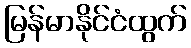
မြန်မာနိုင်ငံထွက်